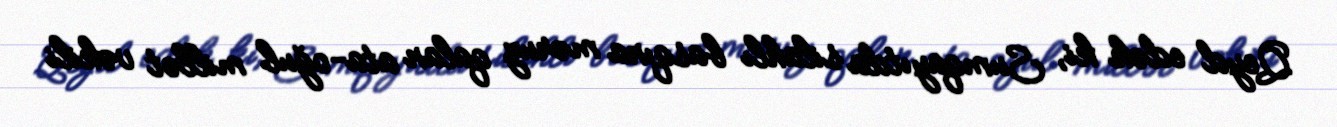
Qeyd edək ki, Sumqayıtda silahlı basqına məruz qalan ata-oğul millət vəkili